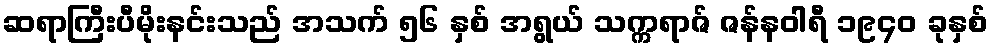
ဆရာကြီးပီမိုးနင်းသည် အသက် ၅၆ နှစ် အရွယ် သက္ကရာဇ် ဇန်နဝါရီ ၁၉၄၀ ခုနှစ်